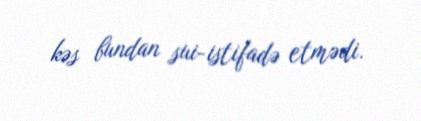
kəs bundan sui-istifadə etmədi.